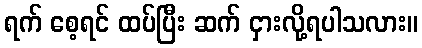
ရက် စေ့ရင် ထပ်ပြီး ဆက် ငှားလို့ရပါသလား။